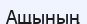
Ащының